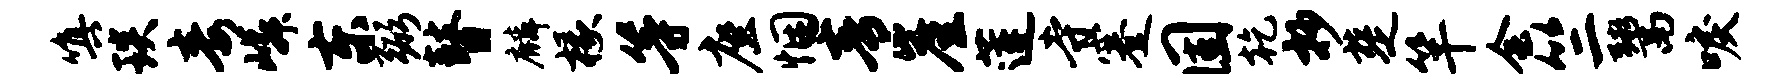
嗔琰毒嶙东弼瞽麟椽等座悃青崖莲寺蹇固乾抄楚竿会竺鬻唳